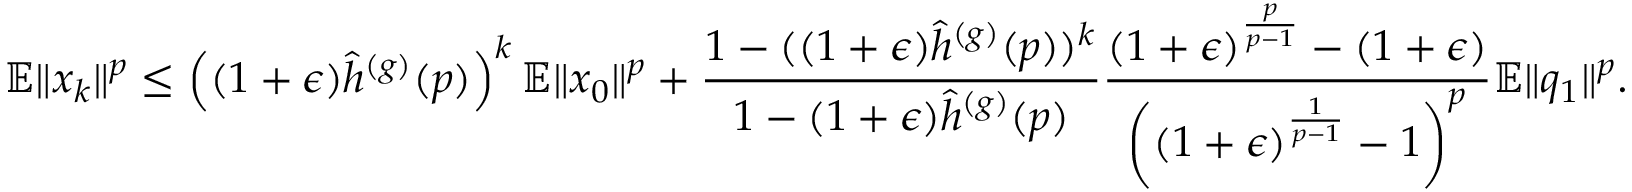
\mathbb { E } \Vert x _ { k } \Vert ^ { p } \leq \left( ( 1 + \epsilon ) \hat { h } ^ { ( g ) } ( p ) \right) ^ { k } \mathbb { E } \Vert x _ { 0 } \Vert ^ { p } + \frac { 1 - ( ( 1 + \epsilon ) \hat { h } ^ { ( g ) } ( p ) ) ^ { k } } { 1 - ( 1 + \epsilon ) \hat { h } ^ { ( g ) } ( p ) } \frac { ( 1 + \epsilon ) ^ { \frac { p } { p - 1 } } - ( 1 + \epsilon ) } { \left( ( 1 + \epsilon ) ^ { \frac { 1 } { p - 1 } } - 1 \right) ^ { p } } \mathbb { E } \Vert q _ { 1 } \Vert ^ { p } .